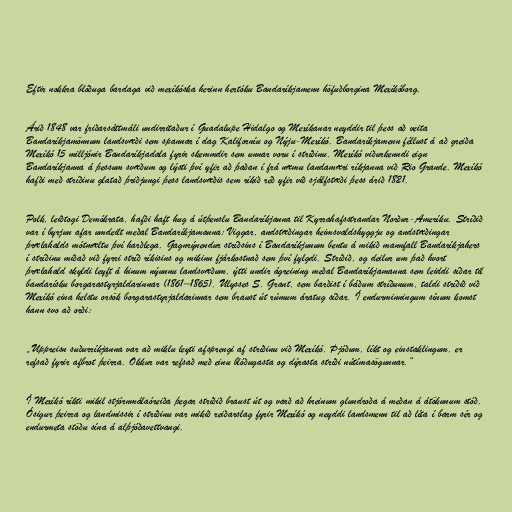
Eftir nokkra blóðuga bardaga við mexíkóska herinn hertóku Bandaríkjamenn höfuðborgina Mexíkóborg.

Árið 1848 var friðarsáttmáli undirritaður í Guadalupe Hidalgo og Mexíkanar neyddir til þess að veita
Bandaríkjamönnum landsvæði sem spannar í dag Kaliforníu og Nýju-Mexíkó. Bandaríkjamenn féllust á að greiða
Mexíkó 15 milljónir Bandaríkjadala fyrir skemmdir sem unnar voru í stríðinu. Mexíkó viðurkenndi eign
Bandaríkjanna á þessum svæðum og lýsti því yfir að þaðan í frá næmu landamæri ríkjanna við Rio Grande. Mexíkó
hafði með stríðinu glatað þriðjungi þess landsvæðis sem ríkið réð yfir við sjálfstæði þess árið 1821.

Polk, leiðtogi Demókrata, hafði haft hug á útþenslu Bandaríkjanna til Kyrrahafsstrandar Norður-Ameríku. Stríðið
var í byrjun afar umdeilt meðal Bandaríkjamanna: Viggar, andstæðingar heimsvaldshyggju og andstæðingar
þrælahalds mótmæltu því harðlega. Gagnrýnendur stríðsins í Bandaríkjunum bentu á mikið mannfall Bandaríkjahers
í stríðinu miðað við fyrri stríð ríkisins og mikinn fjárkostnað sem því fylgdi. Stríðið, og deilur um það hvort
þrælahald skyldi leyft á hinum nýunnu landsvæðum, ýtti undir ágreining meðal Bandaríkjamanna sem leiddi síðar til
bandarísku borgarastyrjaldarinnar (1861–1865). Ulysses S. Grant, sem barðist í báðum stríðunum, taldi stríðið við
Mexíkó eina helstu orsök borgarastyrjaldarinnar sem braust út rúmum áratug síðar. Í endurminningum sínum komst
hann svo að orði:

„Uppreisn suðurríkjanna var að miklu leyti afsprengi af stríðinu við Mexíkó. Þjóðum, líkt og einstaklingum, er
refsað fyrir afbrot þeirra. Okkur var refsað með einu blóðugasta og dýrasta stríði nútímasögunnar.“

Í Mexíkó ríkti mikil stjórnmálaóreiða þegar stríðið braust út og varð að hreinum glundroða á meðan á átökunum stóð.
Ósigur þeirra og landmissir í stríðinu var mikið reiðarslag fyrir Mexíkó og neyddi landsmenn til að líta í barm sér og
endurmeta stöðu sína á alþjóðavettvangi.